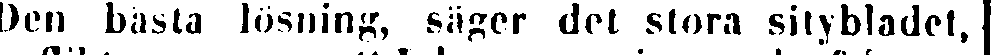
»Den bästa lösning, säger det stora sitybladet,